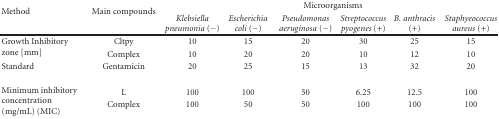
<table><thead><tr><td rowspan="2"><b>Method</b></td><td rowspan="2"><b> Main compounds</b></td><td colspan="6"><b>Microorganisms</b></td></tr><tr><td><b><i>Klebsiella pneumonia </i>(−)</b></td><td><b><i>Escherichia coli </i>(−)</b></td><td><b><i>Pseudomonas aeruginosa </i>(−)</b></td><td><b><i>Streptococcus pyogenes </i>(+)</b></td><td><b><i>B. anthracis </i>(+)</b></td><td><b><i>Staphyeococcus aureus </i>(+)</b></td></tr></thead><tbody><tr><td rowspan="2">Growth Inhibitory zone [mm]</td><td>Cltpy</td><td>10</td><td>15</td><td>20</td><td>30</td><td>25</td><td>15</td></tr><tr><td>Complex</td><td>10</td><td>20</td><td>20</td><td>10</td><td>12</td><td>10</td></tr><tr><td>Standard</td><td>Gentamicin</td><td>20</td><td>25</td><td>15</td><td>13</td><td>32</td><td>20</td></tr><tr><td rowspan="2">Minimum inhibitory concentration (mg/mL) (MIC)</td><td>L</td><td>100</td><td>100</td><td>50</td><td>6.25</td><td>12.5</td><td>100</td></tr><tr><td>Complex</td><td>100</td><td>50</td><td>50</td><td>100</td><td>100</td><td>100</td></tr></tbody></table>